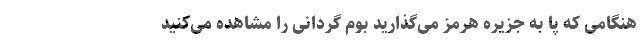
هنگامی که پا به جزیره هرمز می‌گذارید بوم گردانی را مشاهده می‌کنید